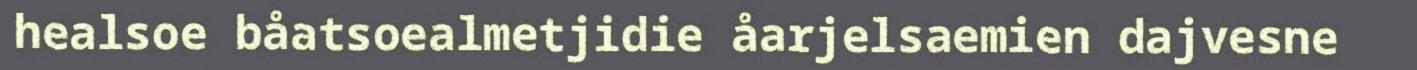
healsoe båatsoealmetjidie åarjelsaemien dajvesne